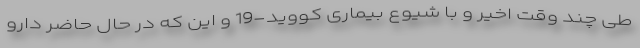
طی چند وقت اخیر و با شیوع بیماری کووید-19 و این که در حال حاضر دارو